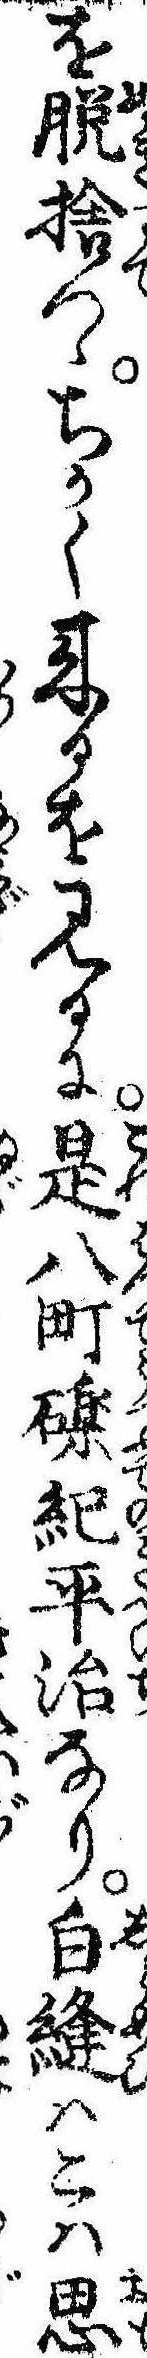
を脱捨つゝちかく来るを見るに是八町礫紀平治なり白縫はこは思